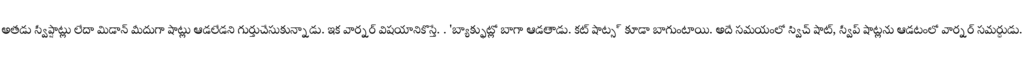
అతడు స్వీప్షాట్లు లేదా మిడాన్ మీదుగా షాట్లు ఆడలేడని గుర్తుచేసుకున్నాడు. ఇక వార్నర్ విషయానికొస్తే. . 'బ్యాక్ఫుట్లో బాగా ఆడతాడు. కట్ షాట్స్ కూడా బాగుంటాయి. అదే సమయంలో స్విచ్ షాట్, స్వీప్ షాట్లను ఆడటంలో వార్నర్ సమర్ధుడు.